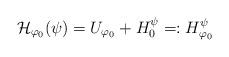
LaTeX: \begin{align*}\mathcal{H}_{\varphi_0}(\psi)=U_{\varphi_0}+H^{\psi}_0 =:H_{\varphi_0}^{\psi} \end{align*}